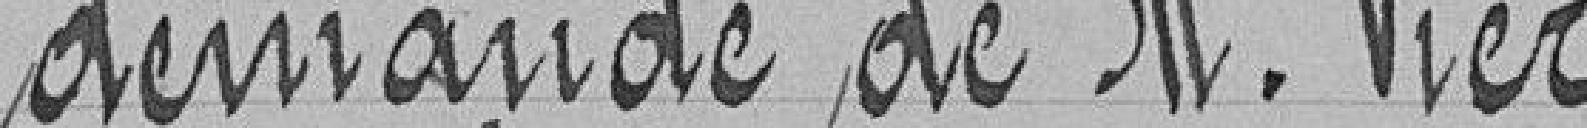
demande de M. Vier